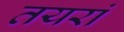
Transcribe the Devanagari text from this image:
तयरां